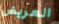
العريض